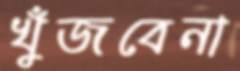
খুঁজবেনা